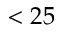
< 2 5